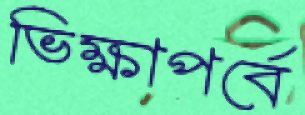
ভিক্ষাপর্বে